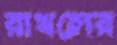
রাখলের